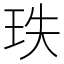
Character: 𤤥